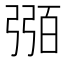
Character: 𢐈